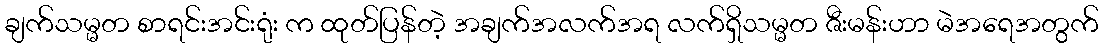
ချက်သမ္မတ စာရင်းအင်းရုံး က ထုတ်ပြန်တဲ့ အချက်အလက်အရ လက်ရှိသမ္မတ ဇီးမန်းဟာ မဲအရေအတွက်